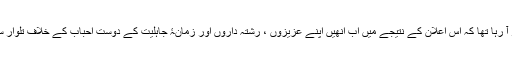
اُنھیں صاف نظر آ رہا تھا کہ اِس اعلان کے نتیجے میں اب اُنھیں اپنے عزیزوں ، رشتہ داروں اور زمانۂ جاہلیت کے دوست احباب کے خلاف تلوار سونتنی پڑے گی۔